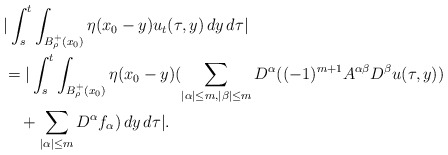
\begin{align*}&|\int_s^t \int_{B^+_\rho(x_0)}\eta(x_0-y)u_t(\tau,y)\,dy\,d\tau|\\&=|\int_s^t \int_{B^+_\rho(x_0)}\eta(x_0-y) (\sum_{|\alpha|\le m, |\beta|\le m}D^\alpha ((-1)^{m+1}A^{\alpha\beta}D^\beta u(\tau,y))\\&\quad+\sum_{|\alpha|\le m}D^\alpha f_\alpha)\,dy\,d\tau|.\end{align*}